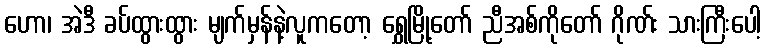
ဟော၊ အဲဒီ ခပ်ထွားထွား မျက်မှန်နဲ့လူကတော့ ရွှေမြို့တော် ညီအစ်ကိုတော် ဂိုဏ်း သားကြီးပေါ့